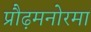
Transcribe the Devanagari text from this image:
प्रौढ़मनोरमा